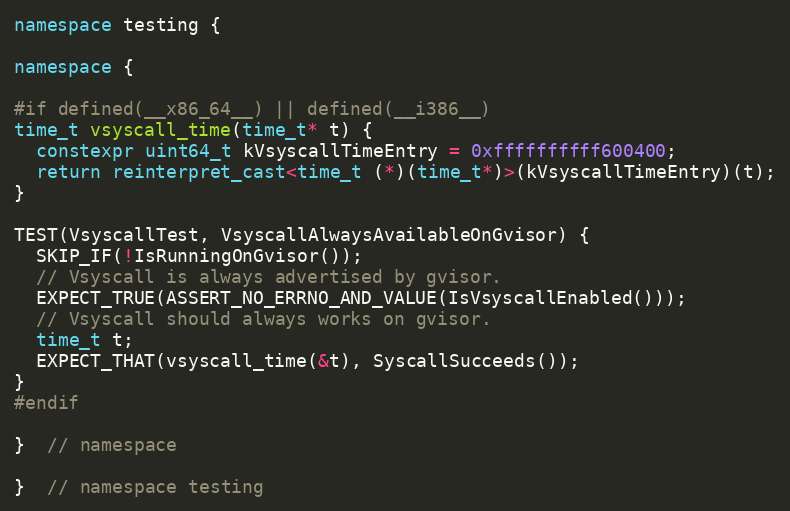
Language: C++
namespace testing {

namespace {

#if defined(__x86_64__) || defined(__i386__)
time_t vsyscall_time(time_t* t) {
  constexpr uint64_t kVsyscallTimeEntry = 0xffffffffff600400;
  return reinterpret_cast<time_t (*)(time_t*)>(kVsyscallTimeEntry)(t);
}

TEST(VsyscallTest, VsyscallAlwaysAvailableOnGvisor) {
  SKIP_IF(!IsRunningOnGvisor());
  // Vsyscall is always advertised by gvisor.
  EXPECT_TRUE(ASSERT_NO_ERRNO_AND_VALUE(IsVsyscallEnabled()));
  // Vsyscall should always works on gvisor.
  time_t t;
  EXPECT_THAT(vsyscall_time(&t), SyscallSucceeds());
}
#endif

}  // namespace

}  // namespace testing